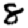
Digit: 8